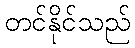
တင်နိုင်သည်